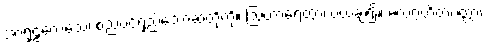
အာရုဠကေသေ၊ စည်ပင်ရှည်သောဆံတို့ကို။ ဩဟာရေတွာ၊ ပယ်ချ၍။ မလဂ္ဂဟိတပတ္တာ၊